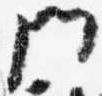
門